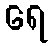
ရေ